French assistants in Scottish schools and training centres, 1926
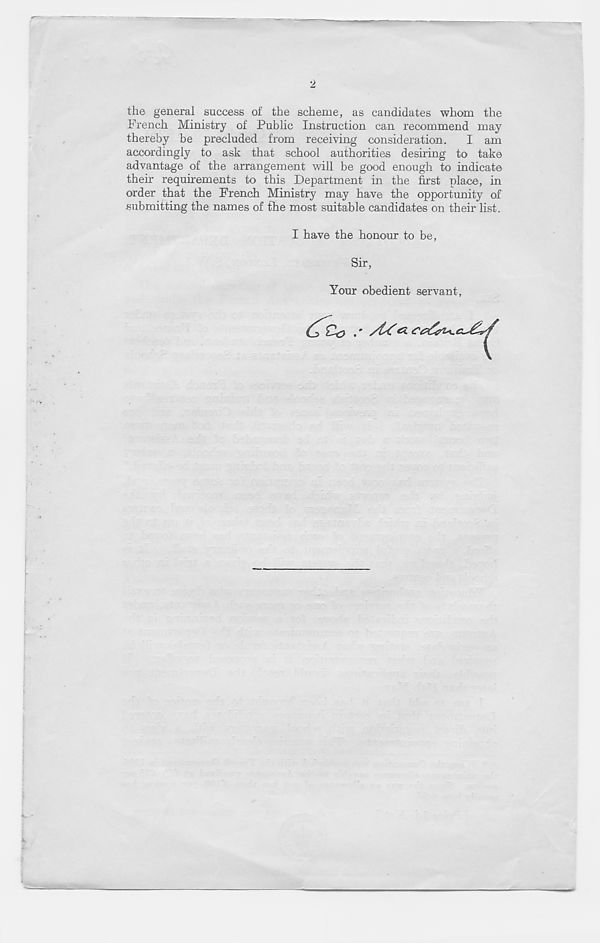
2
the general success of the scheme, as candidates whom the
French Ministry of Public Instruction can recommend may
thereby be precluded from receiving consideration. I am
accordingly to ask that school authorities desiring to take
advantage of the arrangement will be good enough to indicate
their requirements to this Department in the first place, in
order that the French Ministry may have the opportunity of
submitting the names of the most suitable candidates on their list.
I have the honour to be,
Sir,
Your obedient servant,